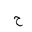
Letter: _ha